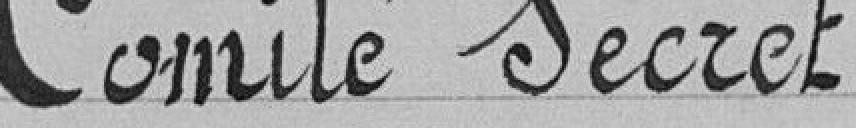
Comité Secret